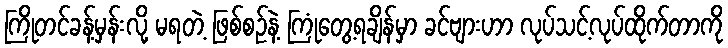
ကြိုတင်ခန့်မှန်းလို့ မရတဲ့ ဖြစ်စဉ်နဲ့ ကြုံတွေ့ရချိန်မှာ ခင်ဗျားဟာ လုပ်သင့်လုပ်ထိုက်တာကို